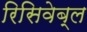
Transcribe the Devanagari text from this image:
रिसिवेब्ल